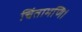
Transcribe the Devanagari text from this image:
चिंतामणि।